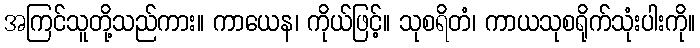
အကြင်သူတို့သည်ကား။ ကာယေန၊ ကိုယ်ဖြင့်။ သုစရိတံ၊ ကာယသုစရိုက်သုံးပါးကို။